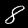
Digit: 8